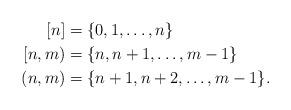
LaTeX: \begin{align*} [n] &= \{0, 1, \ldots, n\}\\ [n, m) &= \{n, n + 1,\ldots, m - 1\}\\ (n, m) &= \{n + 1, n + 2, \ldots, m - 1\}.\end{align*}